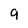
Character: 9